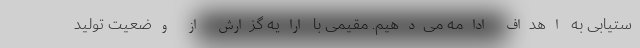
ستیابی به اهداف ادامه می‌دهیم. مقیمی با ارایه گزارش از وضعیت تولید